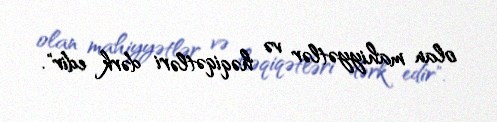
olan mahiyyətlər və həqiqətləri dərk edir".